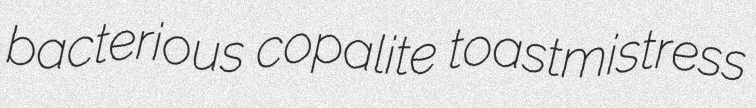
bacterious copalite toastmistress